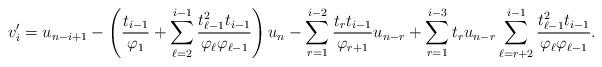
LaTeX: \begin{align*}v_i^\prime=u_{n-i+1}-\left(\frac{t_{i-1}}{\varphi_1}+\sum_{\ell=2}^{i-1}\frac{t_{\ell-1}^2t_{i-1}}{\varphi_{\ell}\varphi_{\ell-1}}\right)u_n-\sum_{r=1}^{i-2}\frac{t_{r}t_{i-1}}{\varphi_{r+1}}u_{n-r}+\sum_{r=1}^{i-3}t_ru_{n-r}\sum_{\ell=r+2}^{i-1}\frac{t_{\ell-1}^2t_{i-1}}{\varphi_{\ell}\varphi_{\ell-1}}.\end{align*}